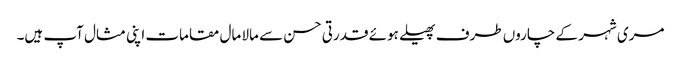
مری شہر کے چاروں طرف پھیلے ہوئے قدرتی حسن سے مالا مال مقامات اپنی مثال آپ ہیں۔